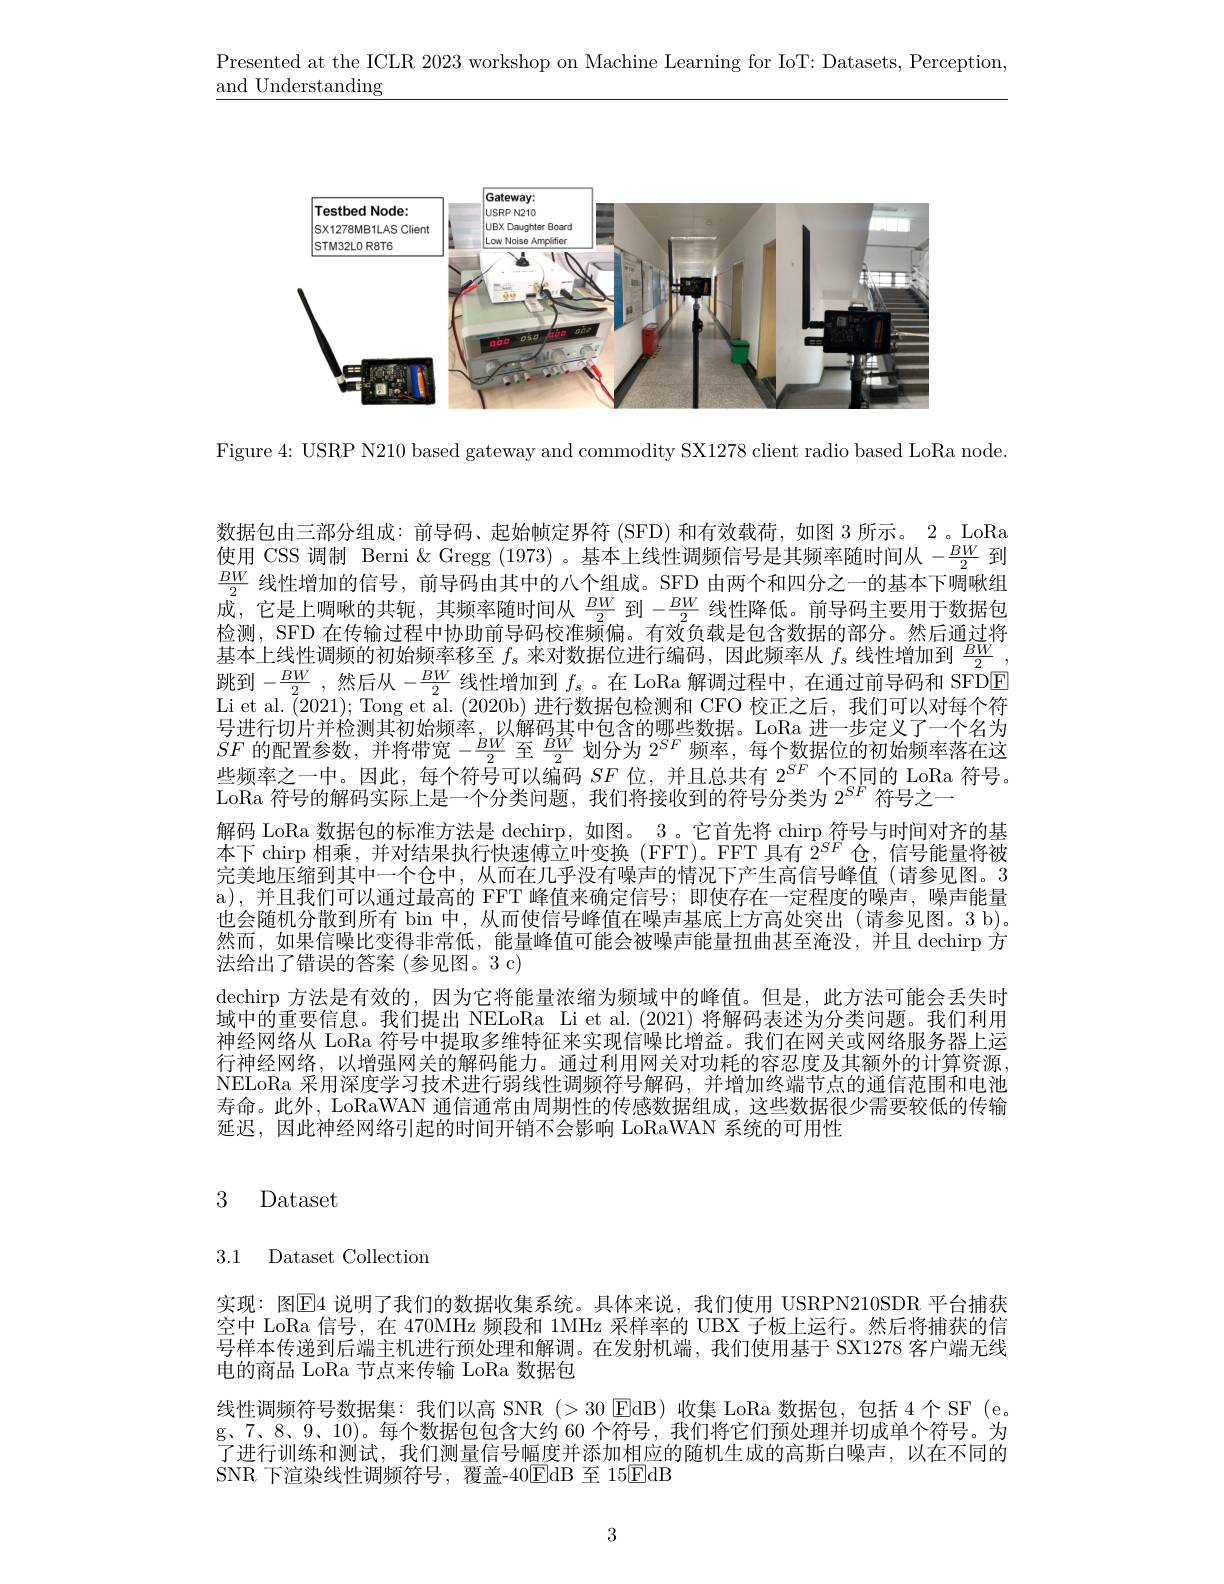
Presented at the ICLR 2023 workshop on Machine Learning for IoT: Datasets, Perception,

$\underline{\mathrm{and~Understanding}}$

<FigureHere>

Figure 4: USRP N210 based gateway and commodity SX1278 client radio based LoRa node.

数据包由三部分组成：前导码、起始帧定界符 (SFD) 和有效载荷，如图 3 所示。2 。LoRa 使用 CSS 调制 Berni & Gregg (1973)。基本上线性调频信号是其频率随时间从$-\frac{BW}2$到$\frac{BW}2$线性增加的信号，前导码由其中的八个组成。SFD 由两个和四分之一的基本下啁啾组$\bar{\text{成，它是上啁啾的共轭，其频率随时间从 }\frac{BW}2}$到$-\frac BW2$线性降低。前导码主要用于数据包检测，SFD 在传输过程中协助前导码校准频偏。有效负载是包含数据的部分。然后通过将基本上线性调频的初始频率移至$f_s$来对数据位进行编码，因此频率从$f_s$线性增加到$\frac{BW}2$ , 跳到$-\frac{BW}2$,然后从$-\frac{BW}2$线性增加到$f_s$。在 LoRa 解调过程中，在通过前导码和 SFDE Li et al. $\tilde{(}2021);\tilde{\text{Tong et al.(2020b)进行数据包检测和 CFO 校正之后，我们可以对每个符}}$ 号进行切片并检测其初始频率，以解码其中包含的哪些数据。LoRa 进一步定义了一个名为$SF$的配置参数，并将带宽$-\frac{BW}2$至$\frac{BW}2$划分为$2^SF$频率，每个数据位的初始频率落在这些频率之一中。因此，每个符号可以编码$SF$位，并且总共有$2^{SF}$个不同的 LoRa 符号。LoRa 符号的解码实际上是一个分类问题，我们将接收到的符号分类为$2^{SF}$符号之一
解码 LoRa 数据包的标准方法是 dechirp, 如图。3 。它首先将 chirp 符号与时间对齐的基本下 chirp 相乘，并对结果执行快速傅立叶变换 (FFT)。FFT 具有$2^{SF}$仓，信号能量将被完美地压缩到其中一个仓中，从而在几乎没有噪声的情况下产生高信号峰值 (请参见图。3 a),并且我们可以通过最高的 FFT 峰值来确定信号；即使存在一定程度的噪声，噪声能量也会随机分散到所有 bin 中，从而使信号峰值在噪声基底上方高处突出(请参见图。3 b)。然而，如果信噪比变得非常低，能量峰值可能会被噪声能量扭曲甚至淹没，并且 dechirp 方法给出了错误的答案(参见图。3 c)
dechirp 方法是有效的，因为它将能量浓缩为频域中的峰值。但是，此方法可能会丢失时域中的重要信息。我们提出 NELoRa Li et al.(2021) 将解码表述为分类问题。我们利用神经网络从 LoRa 符号中提取多维特征来实现信噪比增益。我们在网关或网络服务器上运行神经网络，以增强网关的解码能力。通过利用网关对功耗的容忍度及其额外的计算资源， NELoRa 采用深度学习技术进行弱线性调频符号解码，并增加终端节点的通信范围和电池寿命。此外，LoRaWAN 通信通常由周期性的传感数据组成，这些数据很少需要较低的传输延迟，因此神经网络引起的时间开销不会影响 LoRaWAN 系统的可用性

# 3 Dataset

3.1 Dataset Collection

实现：图$\mathbb{E}$4 说明了我们的数据收集系统。具体来说，我们使用 USRPN210SDR 平台捕获空中 LoRa 信号，在 470MHz 频段和 1MHz 采样率的 UBX 子板上运行。然后将捕获的信号样本传递到后端主机进行预处理和解调。在发射机端，我们使用基于 SX1278 客户端无线电的商品 LoRa 节点来传输 LoRa 数据包
线性调频符号数据集：我们以高 SNR (>30 EdB)收集 LoRa 数据包，包括 4个 SF (e。g、7、8、9、10)。每个数据包包含大约 60 个符号，我们将它们预处理并切成单个符号。为了进行训练和测试，我们测量信号幅度并添加相应的随机生成的高斯白噪声，以在不同的SNR 下渲染线性调频符号，覆盖-40$\boxed{\mathrm{E}}$dB 至 15EdB

3